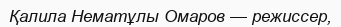
Қалила Нематұлы Омаров — режиссер,